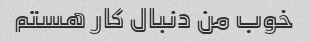
خوب من دنبال کار هستم